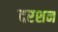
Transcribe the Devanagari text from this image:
दरशन